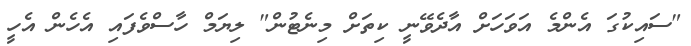
"ސައިކުގަ އެންމެ އަވަހަށް އާދެވޭނީ ކިތަށް މިނެޓުން" ލިޔަމް ހާސްވެފައި އެހެން އެހީ